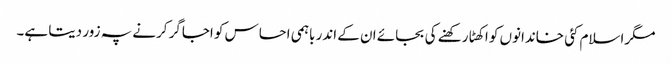
مگراسلام کئی خاندانوں کو اکھٹا رکھنے کی بجائے ان کے اندر باہمی احساس کو اجاگر کرنے پہ زور دیتا ہے۔